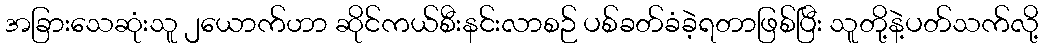
အခြားသေဆုံးသူ ၂ယောက်ဟာ ဆိုင်ကယ်စီးနင်းလာစဉ် ပစ်ခတ်ခံခဲ့ရတာဖြစ်ပြီး သူတို့နဲ့ပတ်သက်လို့